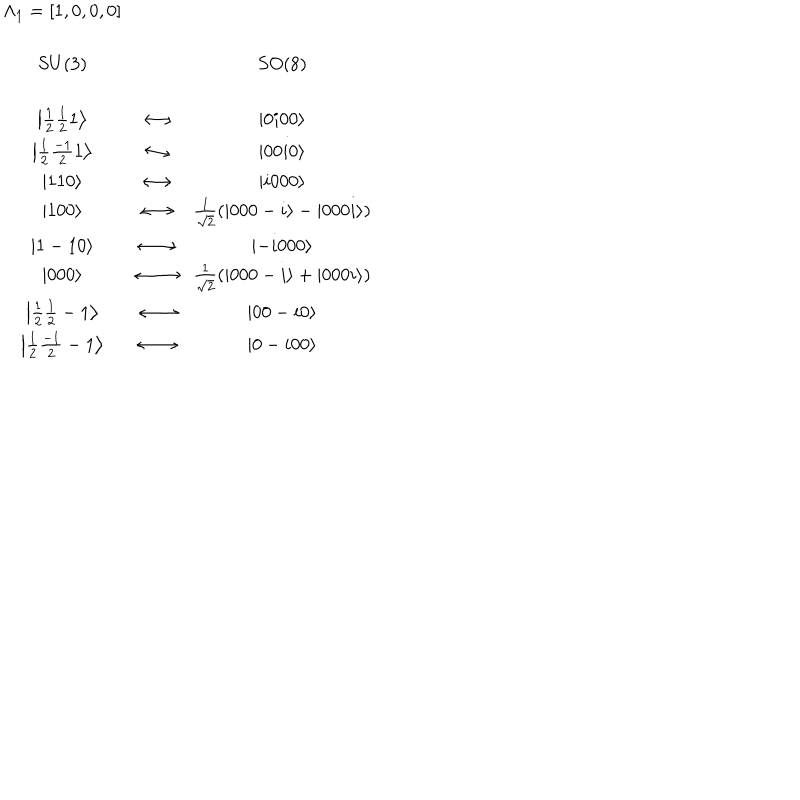
\begin{array} { c c c } { { \Lambda _ { 1 } = [ 1 , 0 , 0 , 0 ] } } & { { } } & { { } } \\ { { } } & { { } } & { { } } \\ { { S U ( 3 ) } } & { { } } & { { S O ( 8 ) } } \\ { { } } & { { } } & { { } } \\ { { \left| \frac 1 2 \frac 1 2 1 \right\rangle } } & { { \longleftrightarrow } } & { { \left| 0 i 0 0 \right\rangle } } \\ { { \left| \frac 1 2 \frac { - 1 } 2 1 \right\rangle } } & { { \longleftrightarrow } } & { { \left| 0 0 i 0 \right\rangle } } \\ { { \left| 1 1 0 \right\rangle } } & { { \longleftrightarrow } } & { { \left| i 0 0 0 \right\rangle } } \\ { { \left| 1 0 0 \right\rangle } } & { { \longleftrightarrow } } & { { \frac 1 { \sqrt { 2 } } \left( \left| 0 0 0 - i \right\rangle - \left| 0 0 0 i \right\rangle \right) } } \\ { { \left| 1 - 1 0 \right\rangle } } & { { \longleftrightarrow } } & { { \left| - i 0 0 0 \right\rangle } } \\ { { \left| 0 0 0 \right\rangle } } & { { \longleftrightarrow } } & { { \frac 1 { \sqrt { 2 } } \left( \left| 0 0 0 - i \right\rangle + \left| 0 0 0 i \right\rangle \right) } } \\ { { \left| \frac 1 2 \frac 1 2 - 1 \right\rangle } } & { { \longleftrightarrow } } & { { \left| 0 0 - i 0 \right\rangle } } \\ { { \left| \frac 1 2 \frac { - 1 } 2 - 1 \right\rangle } } & { { \longleftrightarrow } } & { { \left| 0 - i 0 0 \right\rangle } } \\ \end{array}